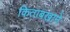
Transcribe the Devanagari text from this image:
किताबखाने